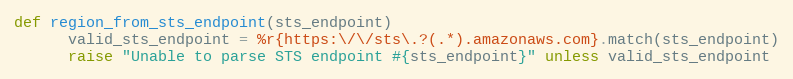
Language: Ruby
def region_from_sts_endpoint(sts_endpoint)
      valid_sts_endpoint = %r{https:\/\/sts\.?(.*).amazonaws.com}.match(sts_endpoint)
      raise "Unable to parse STS endpoint #{sts_endpoint}" unless valid_sts_endpoint